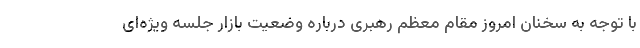
با توجه به سخنان امروز مقام معظم رهبری درباره وضعیت بازار جلسه ویژه‌ای